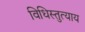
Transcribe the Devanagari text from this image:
विधिस्तुत्याय